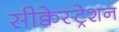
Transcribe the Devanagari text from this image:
सीक्वेस्ट्रेशन